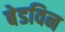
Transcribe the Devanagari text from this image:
बेडविन